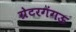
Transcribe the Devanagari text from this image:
ग्रेटरगंगऊ